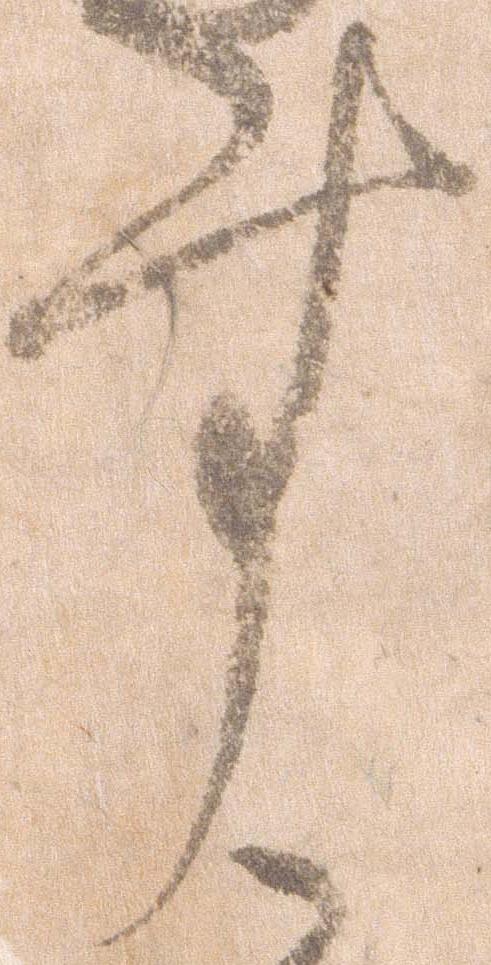
す